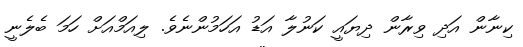
ކިނާން އަދި ވިރާން ދިޔައީ ކަނުލާ އަޑު އަހަމުންނެވެ. ލިއަމްއަށް ހަމަ ބެލެނީ